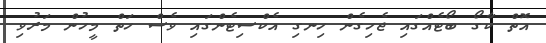
އޮތް ކާގޯ ބޯޓެއްގައި ޖެހިގެން ހިނގި އެކްސިޓެންގައި ވެސް ހަތް މީހުން މަރުވި